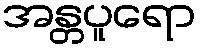
အန္တပူရော